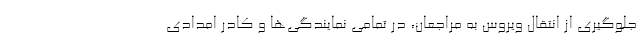
جلوگیری از انتقال ویروس به مراجعان، در تمامی نمایندگی‌ها و کادر امدادی